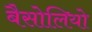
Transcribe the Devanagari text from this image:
बैसोलियो